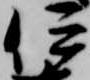
伊